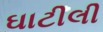
ઘાટીલી